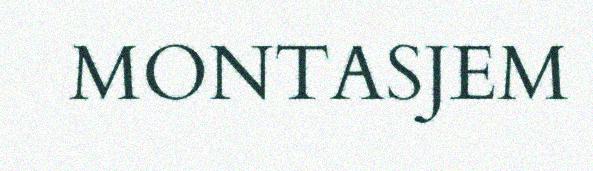
MONTASJEM